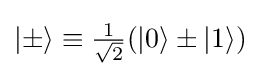
{\textstyle |\pm \rangle \equiv {\frac {1}{\sqrt {2}}}(|0\rangle \pm |1\rangle )}